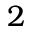
2